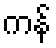
ကန်